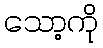
သော့ကို